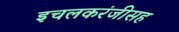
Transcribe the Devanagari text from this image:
इचलकरंजीसह